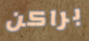
براكن